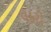
વકરો